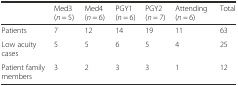
<table><thead><tr><td></td><td><b>Med3 (<i>n</i> = 5)</b></td><td><b>Med4 (<i>n</i> = 6)</b></td><td><b>PGY1 (<i>n</i> = 6)</b></td><td><b>PGY2 (<i>n</i> = 7)</b></td><td><b>Attending (<i>n</i> = 6)</b></td><td><b>Total</b></td></tr></thead><tbody><tr><td>Patients</td><td>7</td><td>12</td><td>14</td><td>19</td><td>11</td><td>63</td></tr><tr><td>Low acuity cases</td><td>5</td><td>5</td><td>6</td><td>5</td><td>4</td><td>25</td></tr><tr><td>Patient family members</td><td>3</td><td>2</td><td>3</td><td>3</td><td>1</td><td>12</td></tr></tbody></table>